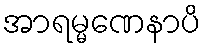
အာရမ္မဏေနာပိ